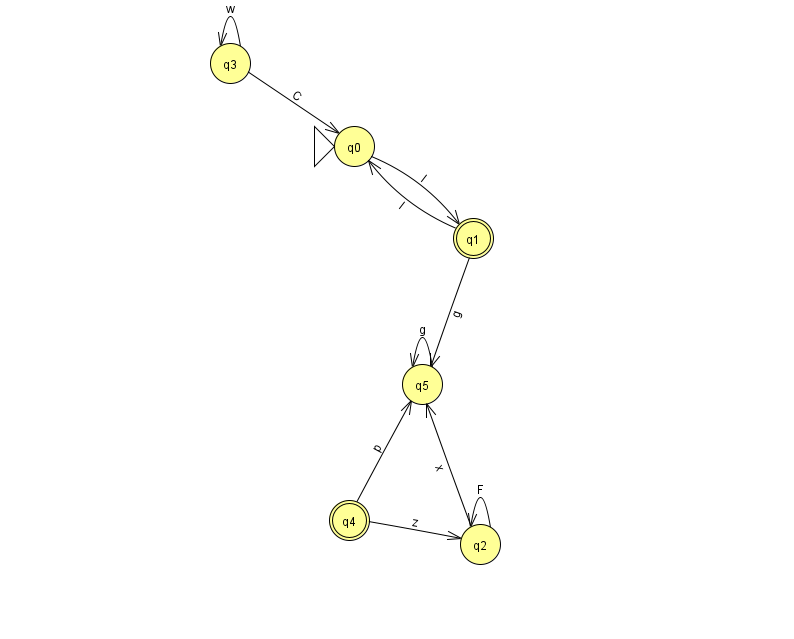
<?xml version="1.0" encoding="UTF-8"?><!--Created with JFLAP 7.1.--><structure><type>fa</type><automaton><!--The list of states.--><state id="0" name="q0"><x>354.0</x><y>133.0</y><initial/></state><state id="1" name="q1"><x>473.0</x><y>225.0</y><final/></state><state id="2" name="q2"><x>480.0</x><y>531.0</y></state><state id="3" name="q3"><x>230.0</x><y>50.0</y></state><state id="4" name="q4"><x>349.0</x><y>507.0</y><final/></state><state id="5" name="q5"><x>422.0</x><y>371.0</y></state><!--The list of transitions.--><transition><from>3</from><to>0</to><read>C</read></transition><transition><from>4</from><to>2</to><read>z</read></transition><transition><from>0</from><to>1</to><read>l</read></transition><transition><from>1</from><to>0</to><read>I</read></transition><transition><from>2</from><to>2</to><read>F</read></transition><transition><from>3</from><to>3</to><read>w</read></transition><transition><from>5</from><to>5</to><read>g</read></transition><transition><from>1</from><to>5</to><read>g</read></transition><transition><from>4</from><to>5</to><read>p</read></transition><transition><from>2</from><to>5</to><read>x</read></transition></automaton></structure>